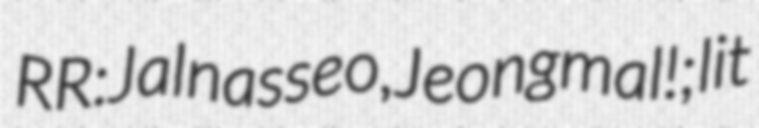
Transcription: RR: Jalnasseo, Jeongmal!; lit